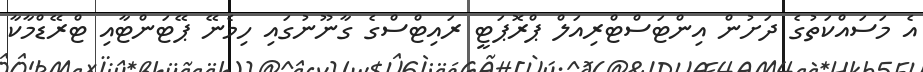
އެ މަސައްކަތުގެ ދަށުން އިންޓަސްޓްރިއަލް ޕްރޮޕަޓީ ރައިޓްސްގެ ގާނޫނުގައި ހިމެނޭ ޕޭޓަންޓާއި ޓްރޭޑްމާކާ